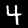
Label: 4